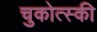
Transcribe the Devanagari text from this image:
चुकोत्स्की